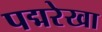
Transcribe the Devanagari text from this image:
पद्मरेखा